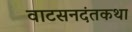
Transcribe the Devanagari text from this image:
वाटसनदंतकथा